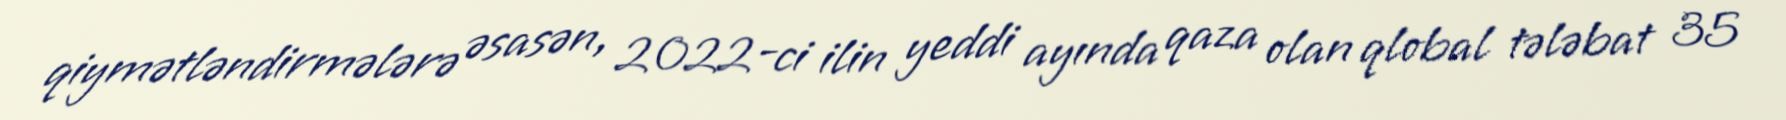
qiymətləndirmələrə əsasən, 2022-ci ilin yeddi ayında qaza olan qlobal tələbat 35